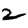
Digit: 2